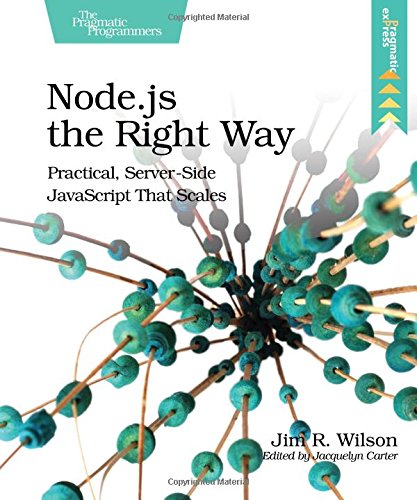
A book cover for Node.js the Right Way: Practical, Server-Side JavaScript That Scales; Jim R. Wilson; Computers & Technology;